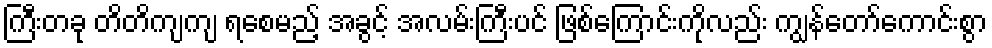
ကြီးတခု တိတိကျကျ ရစေမည့် အခွင့် အလမ်းကြီးပင် ဖြစ်ကြောင်းကိုလည်း ကျွန်တော်ကောင်းစွာ